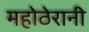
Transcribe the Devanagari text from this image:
महोठेरानी